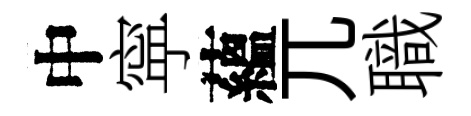
中寜蘊兀職